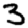
Digit: 3